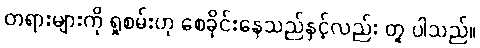
တရားများကို ရှုစမ်းဟု စေခိုင်းနေသည်နှင့်လည်း တူ ပါသည်။